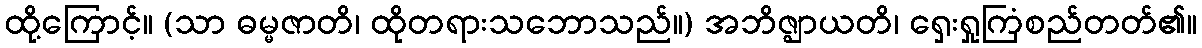
ထို့ကြောင့်။ (သာ ဓမ္မဇာတိ၊ ထိုတရားသဘောသည်။) အဘိဇ္ဈာယတိ၊ ရှေးရှုကြံစည်တတ်၏။